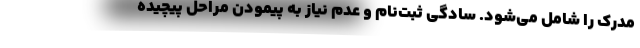
مدرک را شامل می‌شود. سادگی ثبت‌نام و عدم نیاز به پیمودن مراحل پیچیده